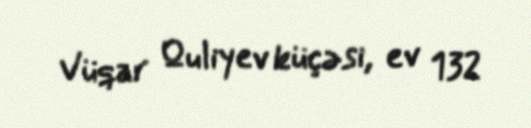
Vüqar Quliyev küçəsi, ev 132